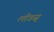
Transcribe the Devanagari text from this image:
लीडस्